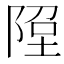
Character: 𨹸